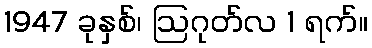
1947 ခုနှစ်၊ ဩဂုတ်လ 1 ရက်။